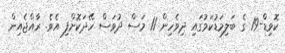
ކޮވިޑް-19 ގެ ބަލިމަޑުކަމުގައި ދިވެހިން 11 މަސް ދުވަސް ހޭދަކޮށްފި އެވެ. ރާއްޖެއިން